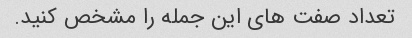
تعداد صفت های این جمله را مشخص کنید.